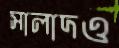
সালাদও